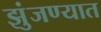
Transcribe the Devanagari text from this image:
झुंजण्यात